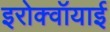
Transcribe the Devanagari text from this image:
इरोक्वॉयाई